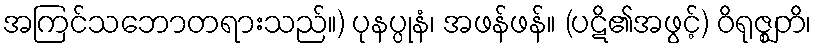
အကြင်သဘောတရားသည်။) ပုနပ္ပုနံ၊ အဖန်ဖန်။ (ပဋိ၏အဖွင့်) ဝိရုဇ္ဈတိ၊